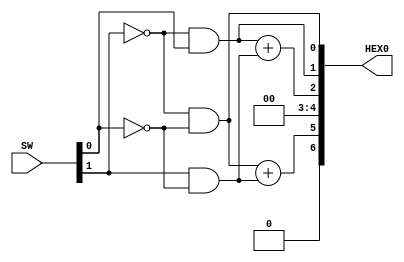
//
// Part 4 Verilog 
// Neil Nie
// (C) Oct 24th, 2018
// Seven Segment Decoder

module Part4(

	SW,
	HEX0

);

input [1:0] SW;
output [6:0] HEX0;

wire [1:0] in;

assign in = SW;

assign HEX0[0] = ~in[1] & ~in[0];
assign HEX0[1] = (~in[1] & in[0]);
assign HEX0[2] = (~in[1] & in[0]) + (in[1] & ~in[0]);
assign HEX0[3] = 0;
assign HEX0[4] = 0;
assign HEX0[5] = (~in[1] & ~in[0]) + (in[1] & ~in[0]);
assign HEX0[6] = 0;

endmodule